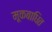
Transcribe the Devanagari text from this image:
मूकबाधित